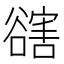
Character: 𧯆